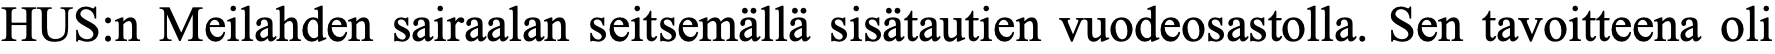
HUS:n Meilahden sairaalan seitsemällä sisätautien vuodeosastolla. Sen tavoitteena oli